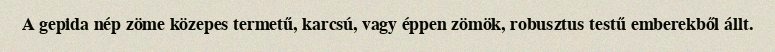
A gepida nép zöme közepes termetű, karcsú, vagy éppen zömök, robusztus testű emberekből állt.